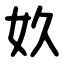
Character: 奺